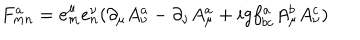
F _ { m n } ^ { a } = e _ { m } ^ { \mu } e _ { n } ^ { \nu } ( \partial _ { \mu } A _ { \nu } ^ { a } - \partial _ { \nu } A _ { \mu } ^ { a } + i g f _ { b c } ^ { a } A _ { \mu } ^ { b } A _ { \nu } ^ { c } )